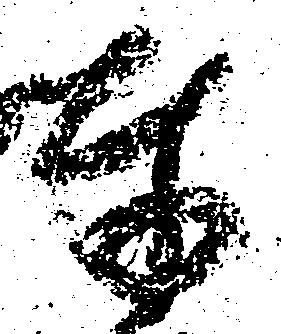
奉